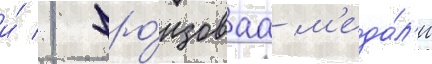
и́ 1 бро́нзоваа м'еда́л'и